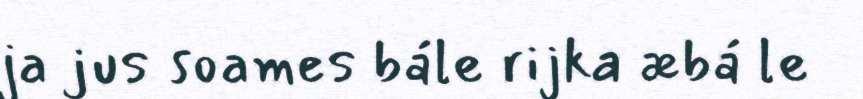
ja jus soames bále rijka æbá le